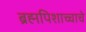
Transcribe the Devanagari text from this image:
ब्रह्मपिशाच्चाचे